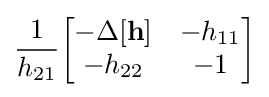
{\frac {1}{h_{21}}}{\begin{bmatrix}-\Delta \mathbf {[h]} &-h_{11}\\-h_{22}&-1\end{bmatrix}}